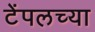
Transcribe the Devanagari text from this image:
टेंपलच्या